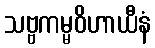
သဗ္ဗကမ္မဝိဟာယီနံ